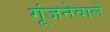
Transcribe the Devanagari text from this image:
गूंजनेवाले